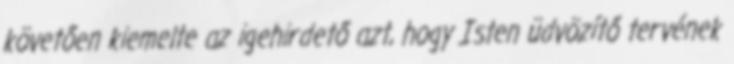
követően kiemelte az igehirdető azt, hogy Isten üdvözítő tervének